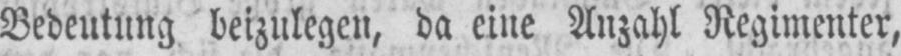
Bedeutung beizulegen, da eine Anzahl Regimenter,